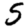
Digit: 5